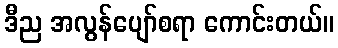
ဒီည အလွန်ပျော်စရာ ကောင်းတယ်။